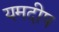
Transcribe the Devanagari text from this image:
यमदीप